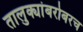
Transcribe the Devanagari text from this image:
तालुक्यांबरोबरच